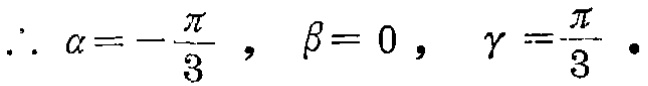
\(\therefore \alpha =-\frac{\pi}{3},\ \beta = 0,\ \gamma=\frac{\pi}{3}.\)